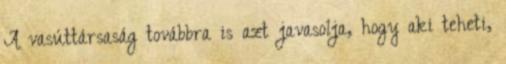
A vasúttársaság továbbra is azt javasolja, hogy aki teheti,